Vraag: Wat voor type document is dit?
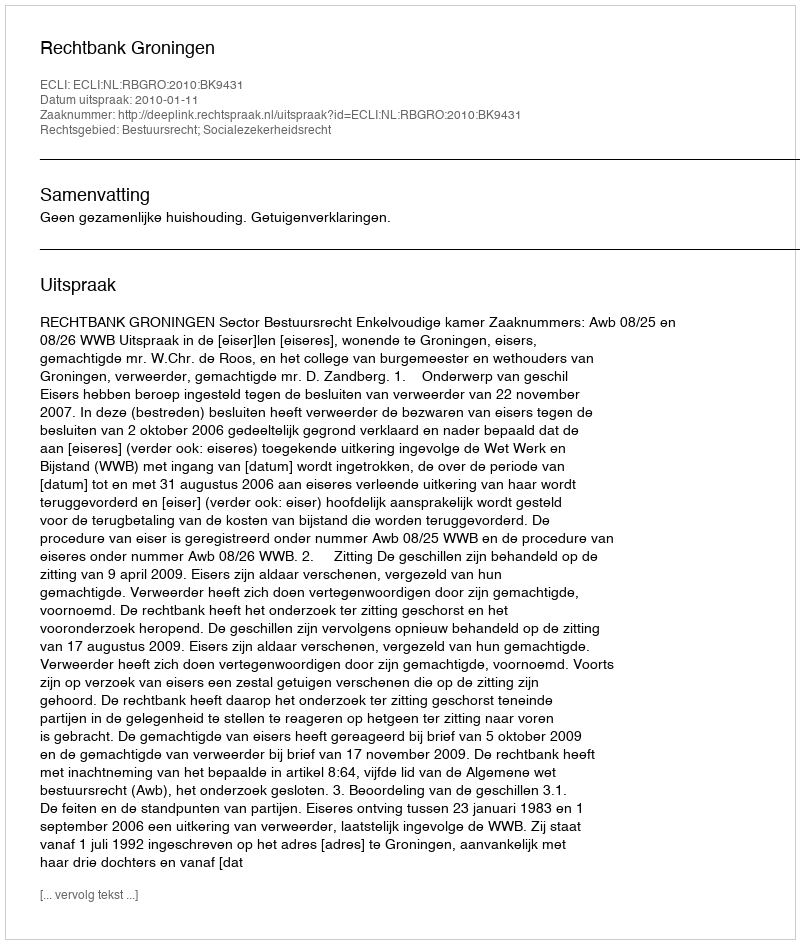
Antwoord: Uitspraak